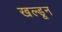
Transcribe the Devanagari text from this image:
खल्डून